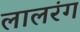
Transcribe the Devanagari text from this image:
लालरंग